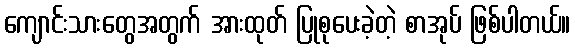
ကျောင်းသားတွေအတွက် အားထုတ် ပြုစုပေးခဲ့တဲ့ စာအုပ် ဖြစ်ပါတယ်။